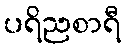
ပရိညစာရီ